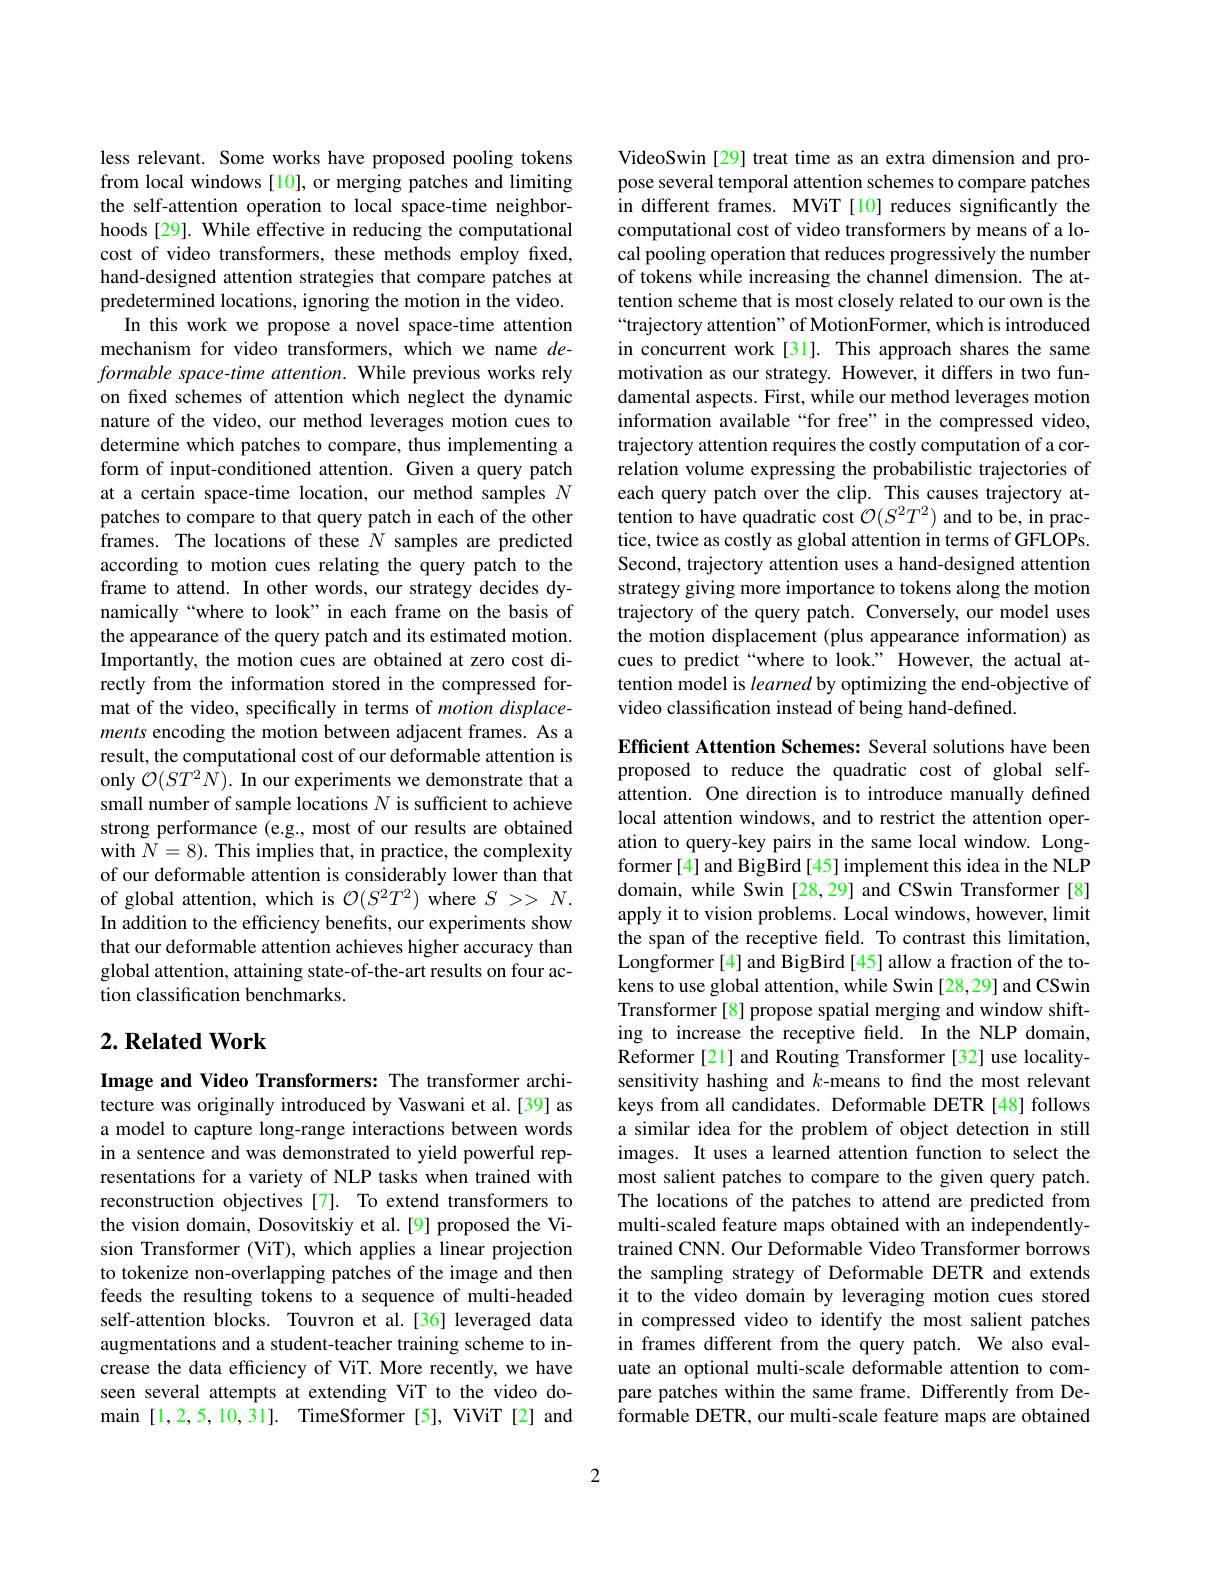
less relevant. Some works have proposed pooling tokens from local windows [10], or merging patches and limiting the self-attention operation to local space-time neighborhoods [29]. While effective in reducing the computational cost of video transformers, these methods employ fixed, hand-designed attention strategies that compare patches at predetermined locations, ignoring the motion in the video.
In this work we propose a novel space-time attention mechanism for video transformers, which we name $de-$ formable space-time attention. While previous works rely on fixed schemes of attention which neglect the dynamic nature of the video, our method leverages motion cues to determine which patches to compare, thus implementing a form of input-conditioned attention. Given a query patch at a certain space-time location, our method samples $N$ patches to compare to that query patch in each of the other frames. The locations of these $N$ samples are predicted according to motion cues relating the query patch to the frame to attend. In other words, our strategy decides dynamically“where to look”in each frame on the basis of the appearance of the query patch and its estimated motion. Importantly, the motion cues are obtained at zero cost directly from the information stored in the compressed format of the video, specifically in terms of motion displacements encoding the motion between adjacent frames. As a result, the computational cost of our deformable attention is only $\mathcal{O}(ST^{2}\hat{N}).$ In our experiments we demonstrate that a small number of sample locations $N$ is sufficient to achieve strong performance (e.g., most of our results are obtained with $N=8).$ This implies that, in practice, the complexity of our deformable attention is considerably lower than that of global attention, which is $\mathcal{O}(S^2T^2)$ where $S>>N.$ In addition to the efficiency benefits, our experiments show that our deformable attention achieves higher accuracy than global attention, attaining state-of-the-art results on four action classification benchmarks.

## $2. \textbf{Related Work}$

Image and Video Transformers: The transformer architecture was originally introduced by Vaswani et al.[39] as a model to capture long-range interactions between words in a sentence and was demonstrated to yield powerful representations for a variety of NLP tasks when trained with reconstruction objectives [7]. To extend transformers to the vision domain, Dosovitskiy et al.[9] proposed the Vision Transformer (ViT), which applies a linear projection to tokenize non-overlapping patches of the image and then feeds the resulting tokens to a sequence of multi-headed self-attention blocks. Touvron et al.[36] leveraged data augmentations and a student-teacher training scheme to increase the data efficiency of ViT. More recently, we have seen several attempts at extending ViT to the video domain [1,2,5,10,31]. TimeSformer [5], ViViT [2] and

VideoSwin [29] treat time as an extra dimension and propose several temporal attention schemes to compare patches in different frames. MViT [10] reduces significantly the computational cost of video transformers by means of a local pooling operation that reduces progressively the number of tokens while increasing the channel dimension. The attention scheme that is most closely related to our own is the “trajectory attention" of MotionFormer, which is introduced in concurrent work[31]. This approach shares the same motivation as our strategy. However, it differs in two fundamental aspects. First, while our method leverages motion information available“for free”in the compressed video, trajectory attention requires the costly computation of a correlation volume expressing the probabilistic trajectories of each query patch over the clip. This causes trajectory attention to have quadratic cost $\mathcal{O}(S^2T^2)$ and to be, in practice, twice as costly as global attention in terms of GFLOPs. Second, trajectory attention uses a hand-designed attention strategy giving more importance to tokens along the motion trajectory of the query patch. Conversely, our model uses the motion displacement (plus appearance information) as cues to predict“where to look.” However, the actual attention model is learned by optimizing the end-objective of video classification instead of being hand-defined.

Efficient Attention Schemes: Several solutions have been proposed to reduce the quadratic cost of global selfattention. One direction is to introduce manually defined local attention windows, and to restrict the attention operation to query-key pairs in the same local window. Longformer [4] and BigBird [45] implement this idea in the NLP domain, while Swin [28,29] and CSwin Transformer [8] apply it to vision problems. Local windows, however, limit the span of the receptive field. To contrast this limitation, Longformer [4] and BigBird [45] allow a fraction of the tokens to use global attention, while Swin [28,29] and CSwin Transformer[8] propose spatial merging and window shifting to increase the receptive field. In the NLP domain, Reformer [21] and Routing Transformer [32] use localitysensitivity hashing and $k$-means to find the most relevant keys from all candidates. Deformable DETR [48] follows a similar idea for the problem of object detection in still images. It uses a learned attention function to select the most salient patches to compare to the given query patch. The locations of the patches to attend are predicted from multi-scaled feature maps obtained with an independentlytrained CNN. Our Deformable Video Transformer borrows the sampling strategy of Deformable DETR and extends it to the video domain by leveraging motion cues stored in compressed video to identify the most salient patches in frames different from the query patch. We also evaluate an optional multi-scale deformable attention to compare patches within the same frame. Differently from Deformable DETR, our multi-scale feature maps are obtained

2